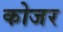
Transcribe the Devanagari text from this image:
कोजर